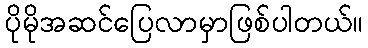
ပိုမိုအဆင်ပြေလာမှာဖြစ်ပါတယ်။